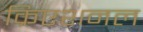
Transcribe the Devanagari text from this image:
क्रिएशनल